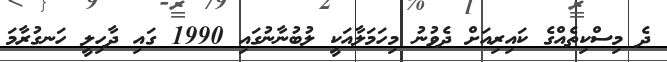
ދެ މިސްކިތެއްގެ ކައިރިއަށް ދެވުނު މިހަމަލާއަކީ ލުބުނާނުގައި 1990 ގައި ދާހިލީ ހަނގުރާމަ